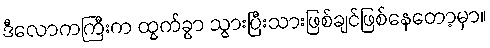
ဒီလောကကြီးက ထွက်ခွာ သွားပြီးသားဖြစ်ချင်ဖြစ်နေတော့မှာ။